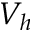
V _ { h }